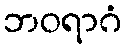
ဘဝရာဂံ